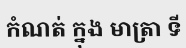
កំណត់ ក្នុង មាត្រា ទី